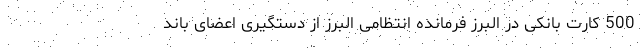
500 کارت بانکی در البرز فرمانده انتظامی البرز از دستگیری اعضای باند